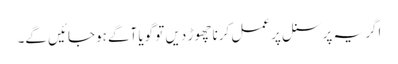
اگر یہ پرسنل پر عمل کرنا چھوڑ دیں تو گویا آگے ہوجائیں گے۔